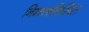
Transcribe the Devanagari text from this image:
निम्न्ललिखित